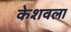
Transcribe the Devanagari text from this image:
केशवला